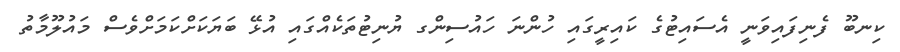
ކިނބޫ ފެނިފައިވަނީ އެސައިޓުގެ ކައިރީގައި ހުންނަ ހައުސިންގ ޔުނިޓުތަކެއްގައި އުޅޭ ބަޔަކަށްކަމަށްވެސް މައުލޫމާތު